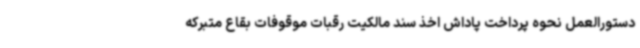
دستورالعمل نحوه پرداخت پاداش اخذ سند مالکیت رقبات موقوفات بقاع متبرکه